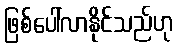
ဖြစ်ပေါ်လာနိုင်သည်ဟု